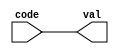
module plugboardEncode(input [4:0] code, output [4:0] val);	
	assign val = code;
endmodule